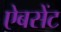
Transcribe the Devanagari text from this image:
ऐबसेंट